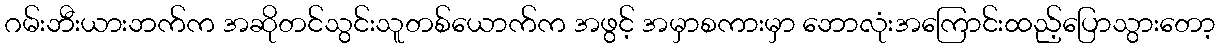
ဂမ်းဘီးယားဘက်က အဆိုတင်သွင်းသူတစ်ယောက်က အဖွင့် အမှာစကားမှာ ဘောလုံးအကြောင်းထည့်ပြောသွားတော့